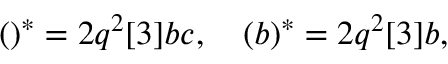
( \d a ) ^ { * } = 2 q ^ { 2 } [ 3 ] \d a \d b \d c , \quad ( \d b ) ^ { * } = 2 q ^ { 2 } [ 3 ] \d a \d b \d d , \quad